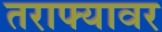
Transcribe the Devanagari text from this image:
तराफ्यावर